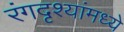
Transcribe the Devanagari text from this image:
रंगदृश्यांमध्ये